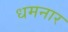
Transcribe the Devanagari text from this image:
धमनार